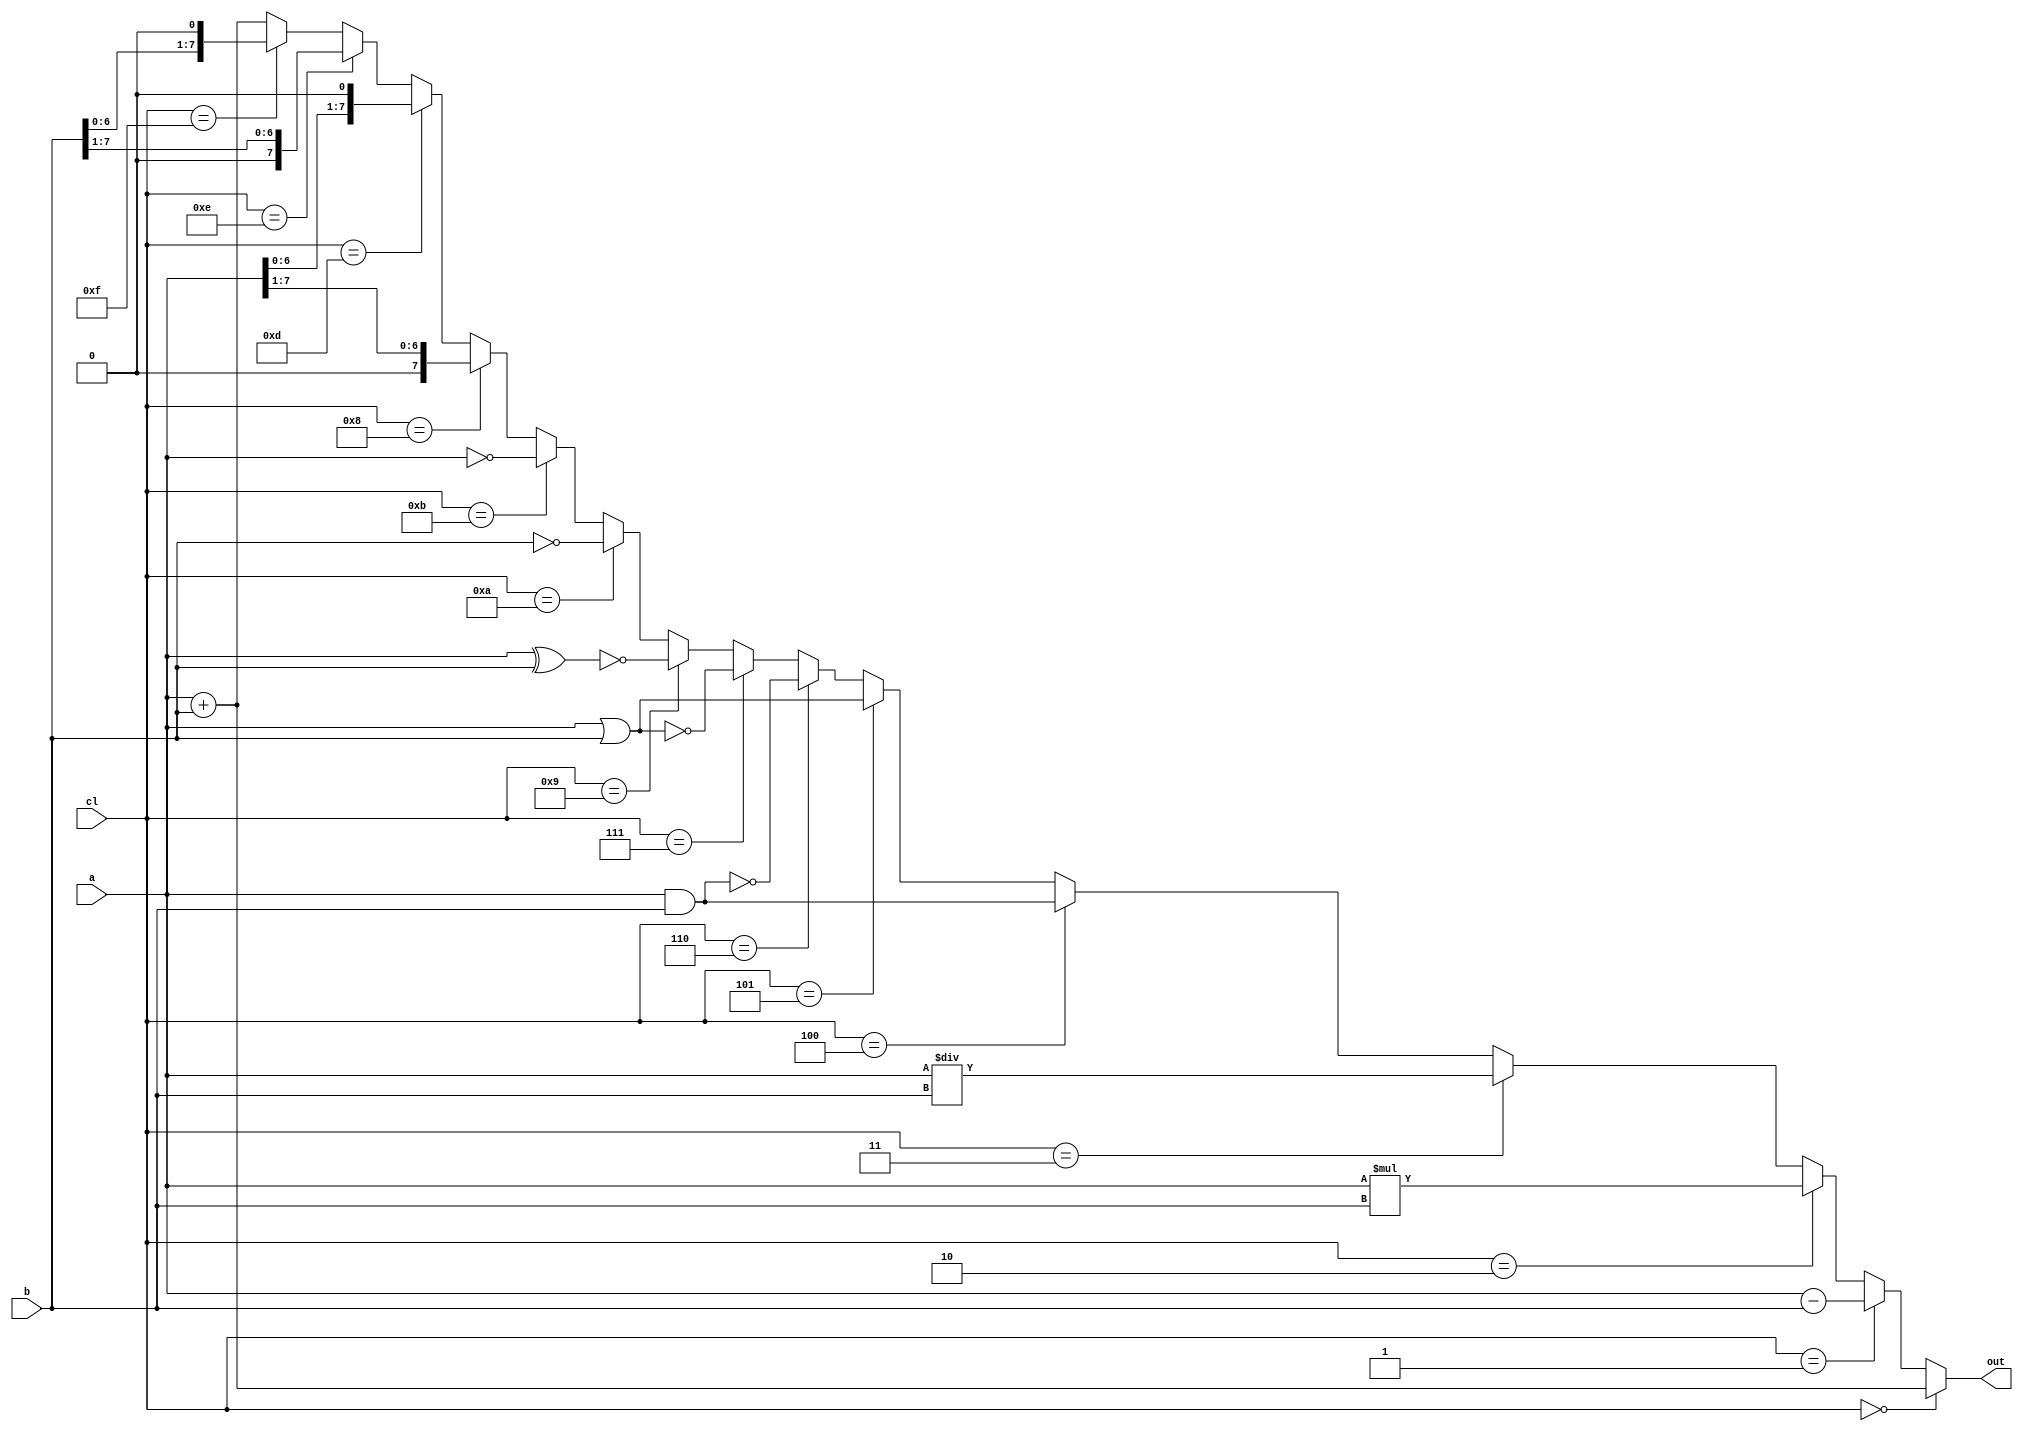
module alu(a,b,cl,out);
input[7:0]a,b;
input[3:0]cl;
output reg[7:0]out;

always@(*)
begin
		if(cl==4'b0000)
				out=a+b;
		else if(cl==4'b0001)
				out=a-b;
		else if(cl==4'b0010)
				out=a*b;
		else if(cl==4'b0011)
				out=a/b;
		else if(cl==4'b0100)
				out=a & b;
		else if(cl==4'b0101)
				out=a | b;
		else if(cl==4'b0110)
				out=~(a & b);
		else if(cl==4'b0111)
				out=~(a | b);
		else if(cl==4'b0100)
				out=a ^ b;
		else if(cl==4'b1001)
				out=~(a ^ b);
		else if(cl==4'b1010)
				out=~b;
		else if(cl==4'b1011)
				out=~a;
		else if(cl==4'b1000)
				out= a>> 1;
		else if(cl==4'b1101)
				out=a<< 1;
		else if(cl==4'b1110)
				out=b>> 1;
		else if(cl==4'b1111)
				out=b<< 1;
		else	
				out=a+b;
end
endmodule